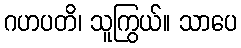
ဂဟပတိ၊ သူကြွယ်။ သာပေ